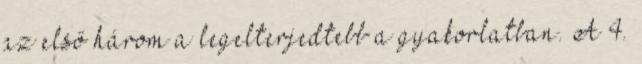
az első három a legelterjedtebb a gyakorlatban. A 4.